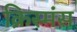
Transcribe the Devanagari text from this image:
क्रिस्मंस